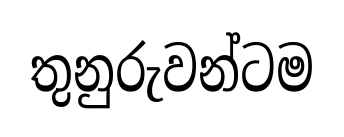
තුනුරුවන්ටම